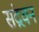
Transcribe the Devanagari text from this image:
संद्रवन